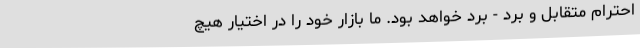
احترام متقابل و برد - برد خواهد بود. ما بازار خود را در اختیار هیچ